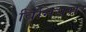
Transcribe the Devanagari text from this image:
विनियस